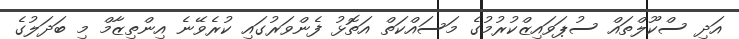
އަދި ސްކޫލްތައް ސުޕަވައިޒްކުރުމުގެ މަސައްކަތް އަތޮޅު ފެންވަރުގައި ކުރެވޭނެ އިންތިޒާމް މި ބަދަލުގެ